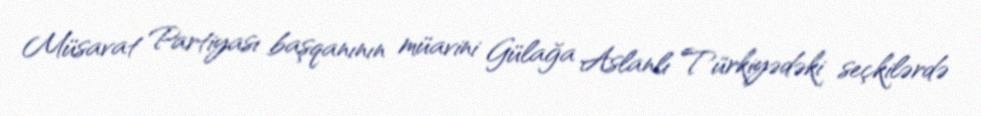
Müsavat Partiyası başqanının müavini Gülağa Aslanlı Türkiyədəki seçkilərdə